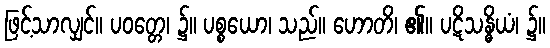
ဖြင့်သာလျှင်။ ပဝတ္တေ၊ ၌။ ပစ္စယော၊ သည်။ ဟောတိ၊ ၏။ ပဋိသန္ဓိယံ၊ ၌။